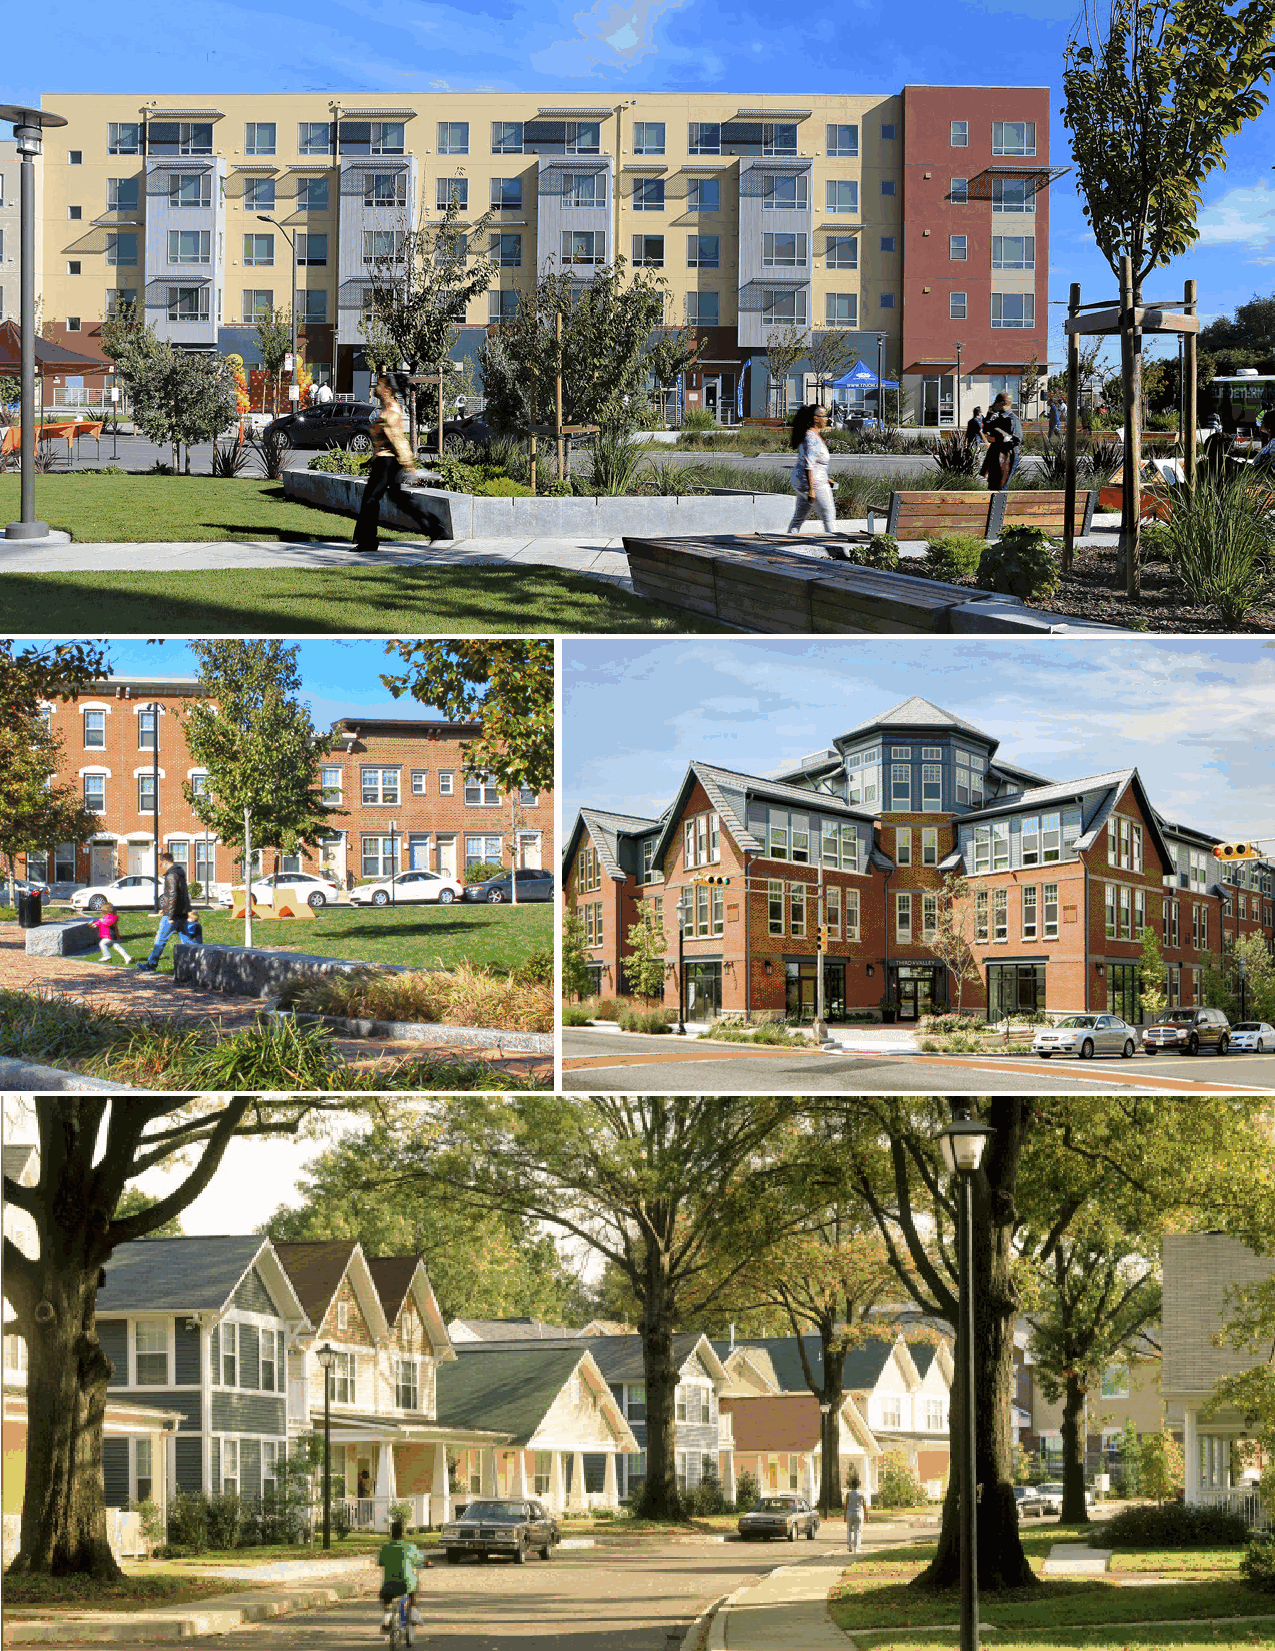
RESIDENTIAL DESIGN GUIDELINES                                              7